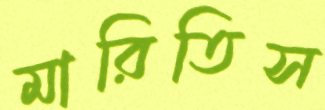
মারিতিস